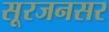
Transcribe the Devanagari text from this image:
सूरजनसर